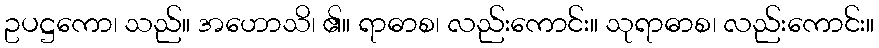
ဥပဋ္ဌကော၊ သည်။ အဟောသိ၊ ၏။ ရာဓာစ၊ လည်းကောင်း။ သုရာဓာစ၊ လည်းကောင်း။